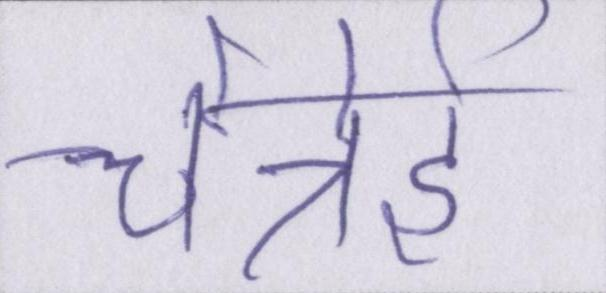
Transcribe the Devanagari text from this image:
चेन्नेई